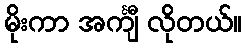
မိုးကာ အင်္ကျီ လိုတယ်။